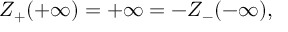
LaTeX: Z _ { + } ( + \infty ) = + \infty = - Z _ { - } ( - \infty ) ,